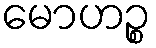
မောဟဉ္စ